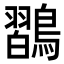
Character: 𪄶